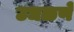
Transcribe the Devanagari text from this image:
उधळणे